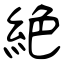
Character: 絶